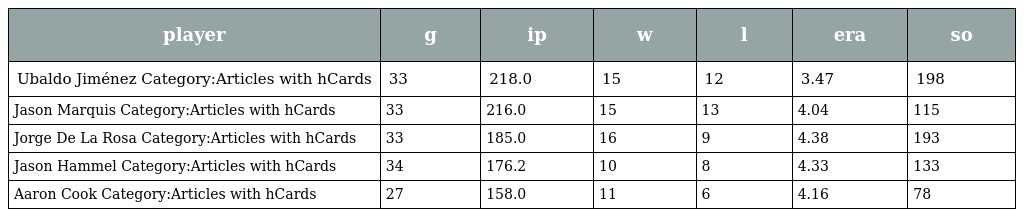
| player | g | ip | w | l | era | so |
 | --- | --- | --- | --- | --- | --- | --- |
 | Ubaldo Jiménez Category:Articles with hCards | 33 | 218.0 | 15 | 12 | 3.47 | 198 |
 | Jason Marquis Category:Articles with hCards | 33 | 216.0 | 15 | 13 | 4.04 | 115 |
 | Jorge De La Rosa Category:Articles with hCards | 33 | 185.0 | 16 | 9 | 4.38 | 193 |
 | Jason Hammel Category:Articles with hCards | 34 | 176.2 | 10 | 8 | 4.33 | 133 |
 | Aaron Cook Category:Articles with hCards | 27 | 158.0 | 11 | 6 | 4.16 | 78 |